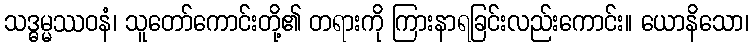
သဒ္ဓမ္မဿဝနံ၊ သူတော်ကောင်းတို့၏ တရားကို ကြားနာရခြင်းလည်းကောင်း။ ယောနိသော၊